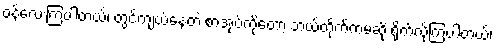
ဝန်လေးကြပါတယ်၊ တွင်ကျယ်နေတဲ့ စာအုပ်ကိုတော့ ဘယ်တိုက်ကမဆို ရိုက်လိုကြပါတယ်၊